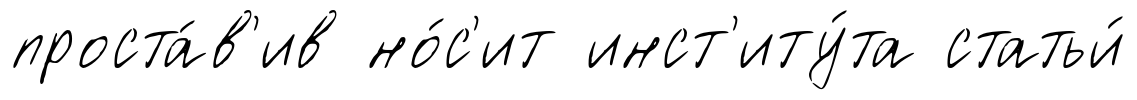
проста́в'ив но́с'ит инст'иту́та статьи́